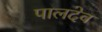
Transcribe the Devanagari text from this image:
पालदेव